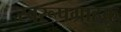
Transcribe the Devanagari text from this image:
स्वरूपग्राहक